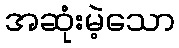
အဆုံးမဲ့သော